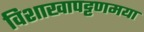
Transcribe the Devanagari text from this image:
विशाखापट्टणमया